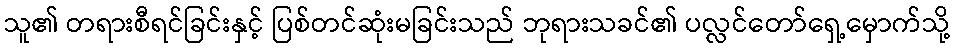
သူ၏ တရားစီရင်ခြင်းနှင့် ပြစ်တင်ဆုံးမခြင်းသည် ဘုရားသခင်၏ ပလ္လင်တော်ရှေ့မှောက်သို့